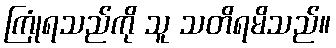
ကြုံရသည်ကို သူ သတိရမိသည်။